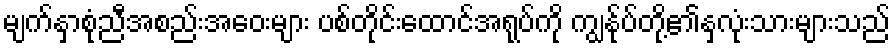
မျက်နှာစုံညီအစည်းအဝေးများ ပစ်တိုင်းထောင်အရုပ်ကို ကျွန်ုပ်တို့၏နှလုံးသားများသည်